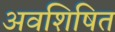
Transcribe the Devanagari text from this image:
अवशिषित